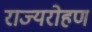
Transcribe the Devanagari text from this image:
राज्यरोहण